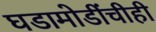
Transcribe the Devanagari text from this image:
घडामोडींचीही